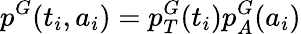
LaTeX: p^{G}(t_{i},a_{i})=p_{T}^{G}(t_{i})p_{A}^{G}(a_{i})